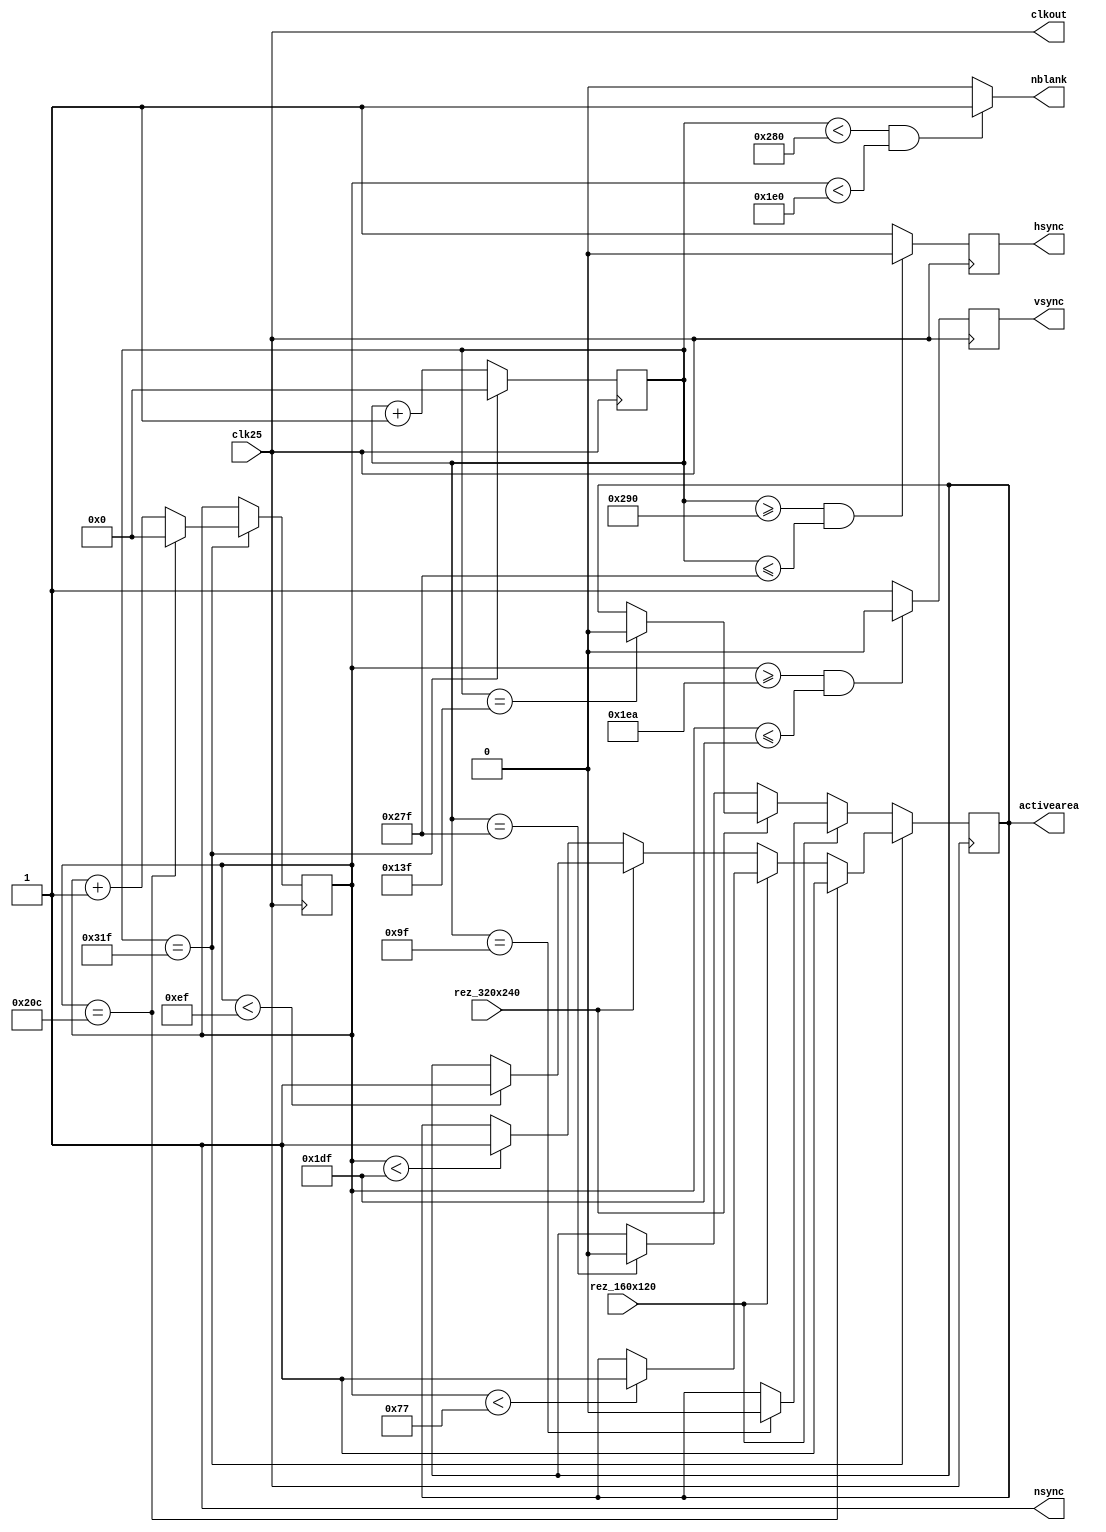
module vga(
	input clk25,
	output clkout,
	input rez_160x120,
	input rez_320x240,
	output hsync,
	output vsync,
	output nblank,
	output activearea,
	output nsync
	);
	
localparam hm = 799;
localparam hd = 640;
localparam hf = 16;
localparam hb = 48;
localparam hr = 96;
localparam vm = 524;
localparam vd = 480;
localparam vf = 10;
localparam vb = 33;
localparam vr = 2;
reg [9:0]hcnt;
reg [9:0]vcnt;
reg activearea;
reg hsync;
reg vsync;
reg video;

always @ ( posedge clk25)
	begin
		if ( clk25 )
			begin
				if ( hcnt == 799 )
					begin
						hcnt <= 10'b0000000000;
						if ( vcnt == 524 )
							begin
								vcnt <= 10'b0000000000;
								activearea <= 1'b1;
							end
						else
							begin
								if ( rez_160x120 == 1'b1 )
									begin
										if ( vcnt < ( 120 - 1 ) )
											begin
												activearea <= 1'b1;
											end
									end
								else
									begin
										if ( rez_320x240 == 1'b1 )
											begin
												if ( vcnt < ( 240 - 1 ) )
													begin
														activearea <= 1'b1;
													end
											end
										else
											begin
												if ( vcnt < ( 480 - 1 ) )
													begin
														activearea <= 1'b1;
													end
											end
									end
									vcnt <= ( vcnt + 1 );
							end
					end
				else
					begin
						if ( rez_160x120 == 1'b1 )
							begin
								if ( hcnt == ( 160 - 1 ) )
									begin
										activearea <= 1'b0;
									end
							end
						else
							begin
								if ( rez_320x240 == 1'b1 )
									begin
										if ( hcnt == ( 320 - 1 ) )
											begin
												activearea <= 1'b0;
											end
									end
								else
									begin
										if ( hcnt == ( 640 - 1 ) )
											begin
												activearea <= 1'b0;
											end
									end
							end
							hcnt <= ( hcnt + 1 );
					end
			end
	end


always @ ( posedge clk25)
	begin
		if ( clk25 )
			begin
				if ( ( hcnt >= ( 640 + 16 ) ) & ( hcnt <= ( 640 - 1 ) ) )
					begin
						hsync <= 1'b0;
					end
				else
					begin
						hsync <= 1'b1;
					end
			end
	end


always @ ( posedge clk25)
	begin
		if ( clk25 )
			begin
				if ( ( vcnt >= ( 480 + 10 ) ) & ( vcnt <= ( 480 - 1 ) ) )
					begin
						vsync <= 1'b0;
					end
				else
					begin
						vsync <= 1'b1;
					end
			end
	end
	
assign nsync = 1'b1;

always @ ( hcnt or vcnt)
	begin
		if ( ( hcnt < 640 ) & ( vcnt < 480 ) )
			begin
				video <= 1'b1;
			end
		else
			begin
				if ( 1 ) 
					begin
						video <= 1'b0;
					end
			end
	end
assign nblank = video;
assign clkout = clk25;

endmodule